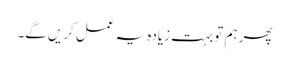
پھر ہم تو بہت زیادہ یہ عمل کریں گے۔